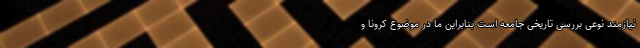
نیازمند نوعی بررسی تاریخی جامعه است بنابراین ما در موضوع کرونا و